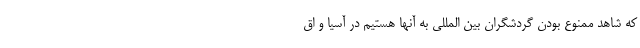
که شاهد ممنوع بودن گردشگران بین المللی به آنها هستیم در آسیا و اق